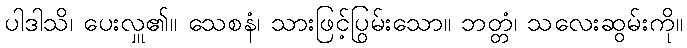
ပါဒါသိ၊ ပေးလှူ၏။ သေစနံ၊ သားဖြင့်ပြွမ်းသော။ ဘတ္တံ၊ သလေးဆွမ်းကို။